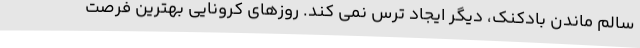
سالم ماندن بادکنک، دیگر ایجاد ترس نمی کند. روزهای کرونایی بهترین فرصت